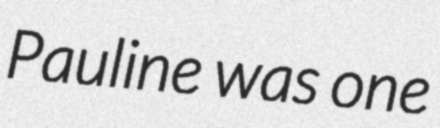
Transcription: Pauline was one